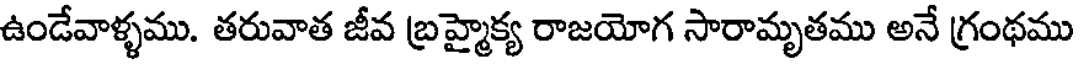
ఉండేవాళ్ళము. తరువాత జీవ బ్రహ్మైక్య రాజయోగ సారామృతము అనే గ్రంథము